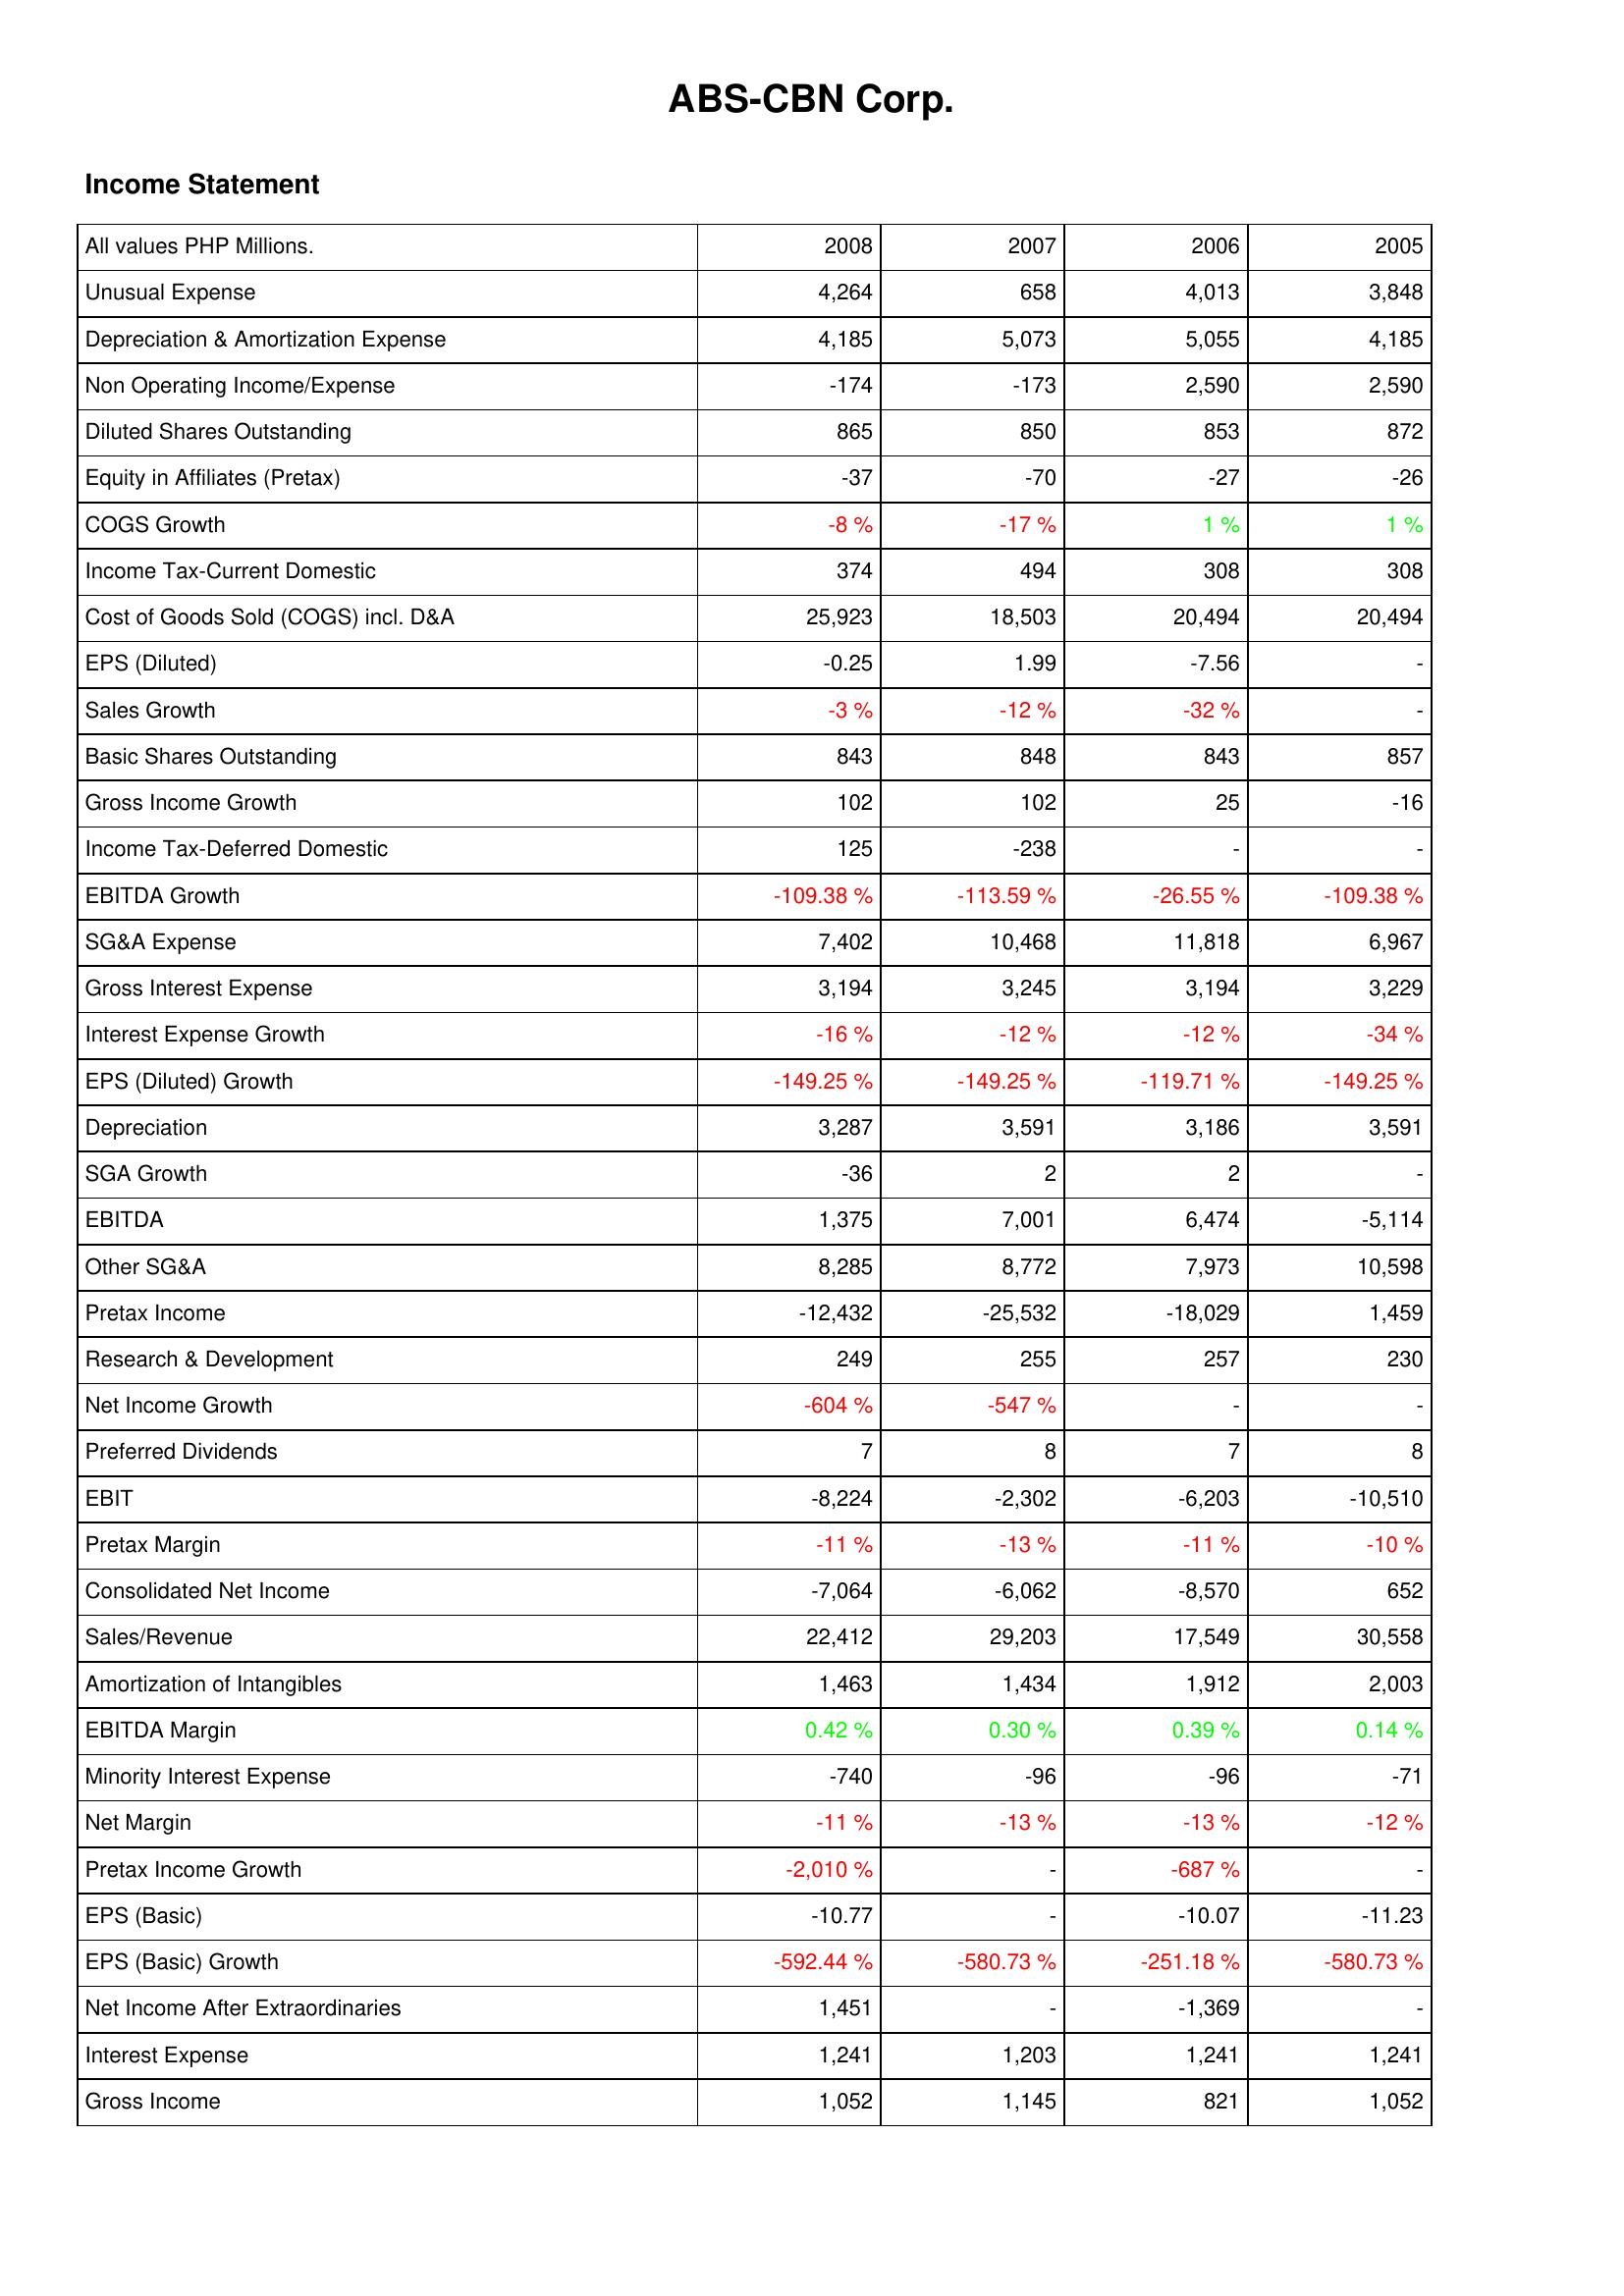
2008: Income Statement: Unusual Expense: 4,264
Depreciation & Amortization Expense: 4,185
Non Operating Income/Expense: -174
Diluted Shares Outstanding: 865
Equity in Affiliates (Pretax): -37
COGS Growth: -8 %
Income Tax-Current Domestic: 374
Cost of Goods Sold (COGS) incl. D&A: 25,923
EPS (Diluted): -0.25
Sales Growth: -3 %
Basic Shares Outstanding: 843
Gross Income Growth: 102
Income Tax-Deferred Domestic: 125
EBITDA Growth: -109.38 %
SG&A Expense: 7,402
Gross Interest Expense: 3,194
Interest Expense Growth: -16 %
EPS (Diluted) Growth: -149.25 %
Depreciation: 3,287
SGA Growth: -36
EBITDA: 1,375
Other SG&A: 8,285
Pretax Income: -12,432
Research & Development: 249
Net Income Growth: -604 %
Preferred Dividends: 7
EBIT: -8,224
Pretax Margin: -11 %
Consolidated Net Income: -7,064
Sales/Revenue: 22,412
Amortization of Intangibles: 1,463
EBITDA Margin: 0.42 %
Minority Interest Expense: -740
Net Margin: -11 %
Pretax Income Growth: -2,010 %
EPS (Basic): -10.77
EPS (Basic) Growth: -592.44 %
Net Income After Extraordinaries: 1,451
Interest Expense: 1,241
Gross Income: 1,052
2007: Income Statement: Unusual Expense: 658
Depreciation & Amortization Expense: 5,073
Non Operating Income/Expense: -173
Diluted Shares Outstanding: 850
Equity in Affiliates (Pretax): -70
COGS Growth: -17 %
Income Tax-Current Domestic: 494
Cost of Goods Sold (COGS) incl. D&A: 18,503
EPS (Diluted): 1.99
Sales Growth: -12 %
Basic Shares Outstanding: 848
Gross Income Growth: 102
Income Tax-Deferred Domestic: -238
EBITDA Growth: -113.59 %
SG&A Expense: 10,468
Gross Interest Expense: 3,245
Interest Expense Growth: -12 %
EPS (Diluted) Growth: -149.25 %
Depreciation: 3,591
SGA Growth: 2
EBITDA: 7,001
Other SG&A: 8,772
Pretax Income: -25,532
Research & Development: 255
Net Income Growth: -547 %
Preferred Dividends: 8
EBIT: -2,302
Pretax Margin: -13 %
Consolidated Net Income: -6,062
Sales/Revenue: 29,203
Amortization of Intangibles: 1,434
EBITDA Margin: 0.30 %
Minority Interest Expense: -96
Net Margin: -13 %
Pretax Income Growth: -
EPS (Basic): -
EPS (Basic) Growth: -580.73 %
Net Income After Extraordinaries: -
Interest Expense: 1,203
Gross Income: 1,145
2006: Income Statement: Unusual Expense: 4,013
Depreciation & Amortization Expense: 5,055
Non Operating Income/Expense: 2,590
Diluted Shares Outstanding: 853
Equity in Affiliates (Pretax): -27
COGS Growth: 1 %
Income Tax-Current Domestic: 308
Cost of Goods Sold (COGS) incl. D&A: 20,494
EPS (Diluted): -7.56
Sales Growth: -32 %
Basic Shares Outstanding: 843
Gross Income Growth: 25
Income Tax-Deferred Domestic: -
EBITDA Growth: -26.55 %
SG&A Expense: 11,818
Gross Interest Expense: 3,194
Interest Expense Growth: -12 %
EPS (Diluted) Growth: -119.71 %
Depreciation: 3,186
SGA Growth: 2
EBITDA: 6,474
Other SG&A: 7,973
Pretax Income: -18,029
Research & Development: 257
Net Income Growth: -
Preferred Dividends: 7
EBIT: -6,203
Pretax Margin: -11 %
Consolidated Net Income: -8,570
Sales/Revenue: 17,549
Amortization of Intangibles: 1,912
EBITDA Margin: 0.39 %
Minority Interest Expense: -96
Net Margin: -13 %
Pretax Income Growth: -687 %
EPS (Basic): -10.07
EPS (Basic) Growth: -251.18 %
Net Income After Extraordinaries: -1,369
Interest Expense: 1,241
Gross Income: 821
2005: Income Statement: Unusual Expense: 3,848
Depreciation & Amortization Expense: 4,185
Non Operating Income/Expense: 2,590
Diluted Shares Outstanding: 872
Equity in Affiliates (Pretax): -26
COGS Growth: 1 %
Income Tax-Current Domestic: 308
Cost of Goods Sold (COGS) incl. D&A: 20,494
EPS (Diluted): -
Sales Growth: -
Basic Shares Outstanding: 857
Gross Income Growth: -16
Income Tax-Deferred Domestic: -
EBITDA Growth: -109.38 %
SG&A Expense: 6,967
Gross Interest Expense: 3,229
Interest Expense Growth: -34 %
EPS (Diluted) Growth: -149.25 %
Depreciation: 3,591
SGA Growth: -
EBITDA: -5,114
Other SG&A: 10,598
Pretax Income: 1,459
Research & Development: 230
Net Income Growth: -
Preferred Dividends: 8
EBIT: -10,510
Pretax Margin: -10 %
Consolidated Net Income: 652
Sales/Revenue: 30,558
Amortization of Intangibles: 2,003
EBITDA Margin: 0.14 %
Minority Interest Expense: -71
Net Margin: -12 %
Pretax Income Growth: -
EPS (Basic): -11.23
EPS (Basic) Growth: -580.73 %
Net Income After Extraordinaries: -
Interest Expense: 1,241
Gross Income: 1,052